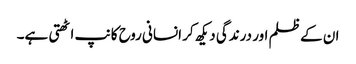
ان کے ظلم اور درندگی دیکھ کر انسانی روح کانپ اٹھتی ہے۔